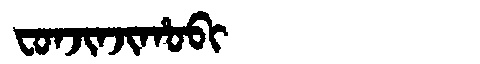
Manchu: ᠸᠣᠨᠵᡳᠨᠵᡳᡥᠣᠪᡳ
Romanization: FONJINJIHOBI